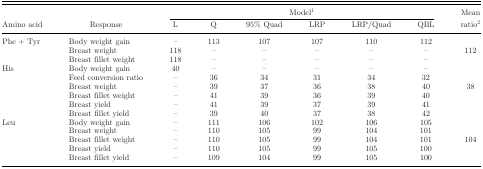
|  |  | <COLSPAN=6> Model1 | Mean |
 | Amino acid | Response | L | Q | 95% Quad | LRP | LRP/Quad | QBL | ratio2 |
 | --- | --- | --- | --- | --- | --- | --- | --- | --- |
 | Phe + Tyr | Body weight gain | – | 113 | 107 | 107 | 110 | 112 |  |
 |  | Breast weight | 118 | – | – | – | – | – | 112 |
 |  | Breast fillet weight | 118 | – | – | – | – | – |  |
 | His | Body weight gain | 40 | – | – | – | – | – |  |
 |  | Feed conversion ratio | – | 36 | 34 | 31 | 34 | 32 |  |
 |  | Breast weight | – | 39 | 37 | 36 | 38 | 40 | 38 |
 |  | Breast fillet weight | – | 41 | 39 | 36 | 39 | 40 |  |
 |  | Breast yield | – | 41 | 39 | 37 | 39 | 41 |  |
 |  | Breast fillet yield | – | 39 | 40 | 37 | 38 | 42 |  |
 | Leu | Body weight gain | – | 111 | 106 | 102 | 106 | 105 |  |
 |  | Breast weight | – | 110 | 105 | 99 | 104 | 101 |  |
 |  | Breast fillet weight | – | 110 | 105 | 99 | 104 | 101 | 104 |
 |  | Breast yield | – | 110 | 105 | 99 | 105 | 100 |  |
 |  | Breast fillet yield | – | 109 | 104 | 99 | 105 | 100 |  |